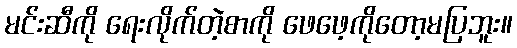
မင်းဆီကို ရေးလိုက်တဲ့စာကို ဖေဖေ့ကိုတော့မပြဘူး။